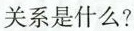
关系是什么?